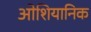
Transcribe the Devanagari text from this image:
ओशियानिक